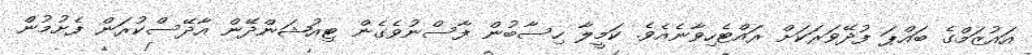
އައުޒަމްގެ ބައްޕަ ފުދޭވަރަކަށް ރައްޓެހިވާނެއެވެ. ކަމީލާ ހިސާބުން ފާސްނުވެގެން ޓިއުޝަންދޭން އާދޭސްކުރަން ފެށުމުން